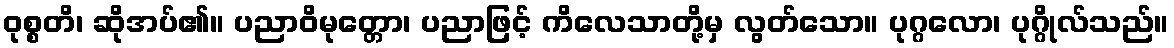
ဝုစ္စတိ၊ ဆိုအပ်၏။ ပညာဝိမုတ္တော၊ ပညာဖြင့် ကိလေသာတို့မှ လွတ်သော။ ပုဂ္ဂလော၊ ပုဂ္ဂိုလ်သည်။